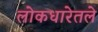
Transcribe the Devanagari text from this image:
लोकधारेतले